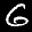
Digit: 6